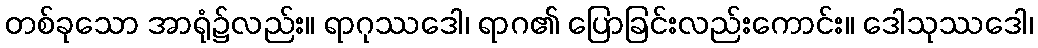
တစ်ခုသော အာရုံ၌လည်း။ ရာဂုဿဒေါ၊ ရာဂ၏ ပြောခြင်းလည်းကောင်း။ ဒေါသုဿဒေါ၊